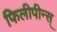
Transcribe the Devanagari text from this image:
फिलीपीन्स्